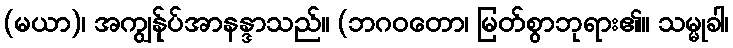
(မယာ)၊ အကျွန်ုပ်အာနန္ဒာသည်။ (ဘဂဝတော၊ မြတ်စွာဘုရား၏။ သမ္မုခါ၊